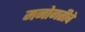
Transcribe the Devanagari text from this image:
मनोगतीचे